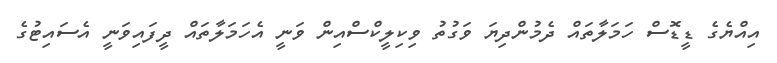
އިއްޔެގެ ޑީޑޮސް ހަމަލާތައް ދެމުންދިޔަ ވަގުތު ވިކިލީކްސްއިން ވަނީ އެހަމަލާތައް ދީފައިވަނީ އެސައިޓުގެ